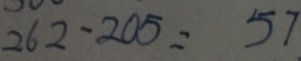
2 6 2 - 2 0 5 = 5 7